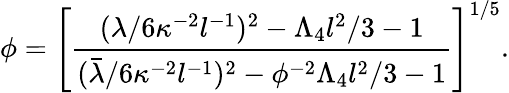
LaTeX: \phi=\left[\frac{(\lambda/6\kappa^{-2}l^{-1})^{2}-\Lambda_{4}l^{2}/3-1}{(\bar{\lambda}/6\kappa^{-2}l^{-1})^{2}-\phi^{-2}\Lambda_{4}l^{2}/3-1}\right]^{1/5}.